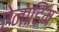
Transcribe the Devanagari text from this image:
ऐनाहिम